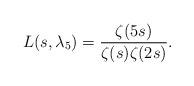
LaTeX: \begin{align*} L(s,\lambda_5) = \frac{\zeta(5s)}{\zeta(s) \zeta(2s)}. \end{align*}